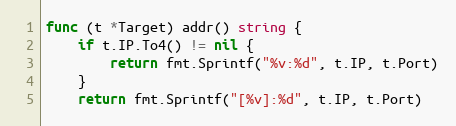
Language: Go
func (t *Target) addr() string {
	if t.IP.To4() != nil {
		return fmt.Sprintf("%v:%d", t.IP, t.Port)
	}
	return fmt.Sprintf("[%v]:%d", t.IP, t.Port)